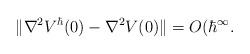
LaTeX: \begin{align*}\Vert \nabla^2 V^\hbar(0)-\nabla^2 V(0)\Vert =O(\hbar^\infty.\end{align*}